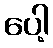
ပေါ့